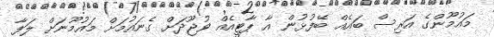
މައުމޫންގެ އަރިސް ބައެއް ބޭފުޅުން އާ ޕާޓީއެއް ވުޖޫދަށް ގެނައުމަށް މައުމޫނަށް ލަފާ